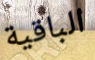
الباقية